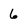
Character: 6